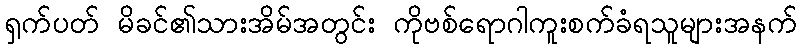
ရှက်ပတ် မိခင်၏သားအိမ်အတွင်း ကိုဗစ်ရောဂါကူးစက်ခံရသူများအနက်